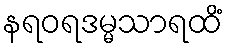
နရဝရဒမ္မသာရထိံ